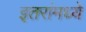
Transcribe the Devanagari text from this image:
इतरांमध्ये